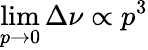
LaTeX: \operatorname*{lim}_{p\rightarrow 0}\Delta\nu\propto p^{3}